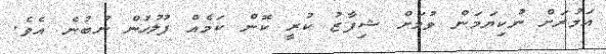
އަމުރަށް ނުކިޔަމަން ވުމަށް ޝިފާޒު ކުރީ ކޮން ކަމެއް ފުލުހުން ނުބުނެ އެވެ.